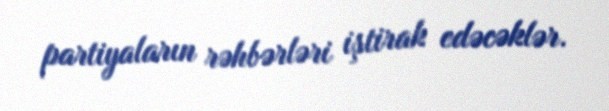
partiyaların rəhbərləri iştirak edəcəklər.